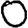
Digit: 0